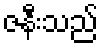
ဇနီးသည်